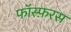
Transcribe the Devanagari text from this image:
फॉस्फ़रस